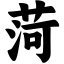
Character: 菏